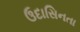
ઉદાસિનતા